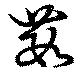
藪